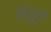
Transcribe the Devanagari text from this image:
मिठुन